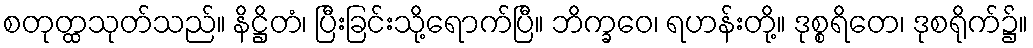
စတုတ္ထသုတ်သည်။ နိဋ္ဌိတံ၊ ပြီးခြင်းသို့ရောက်ပြီ။ ဘိက္ခဝေ၊ ရဟန်းတို့။ ဒုစ္စရိတေ၊ ဒုစရိုက်၌။